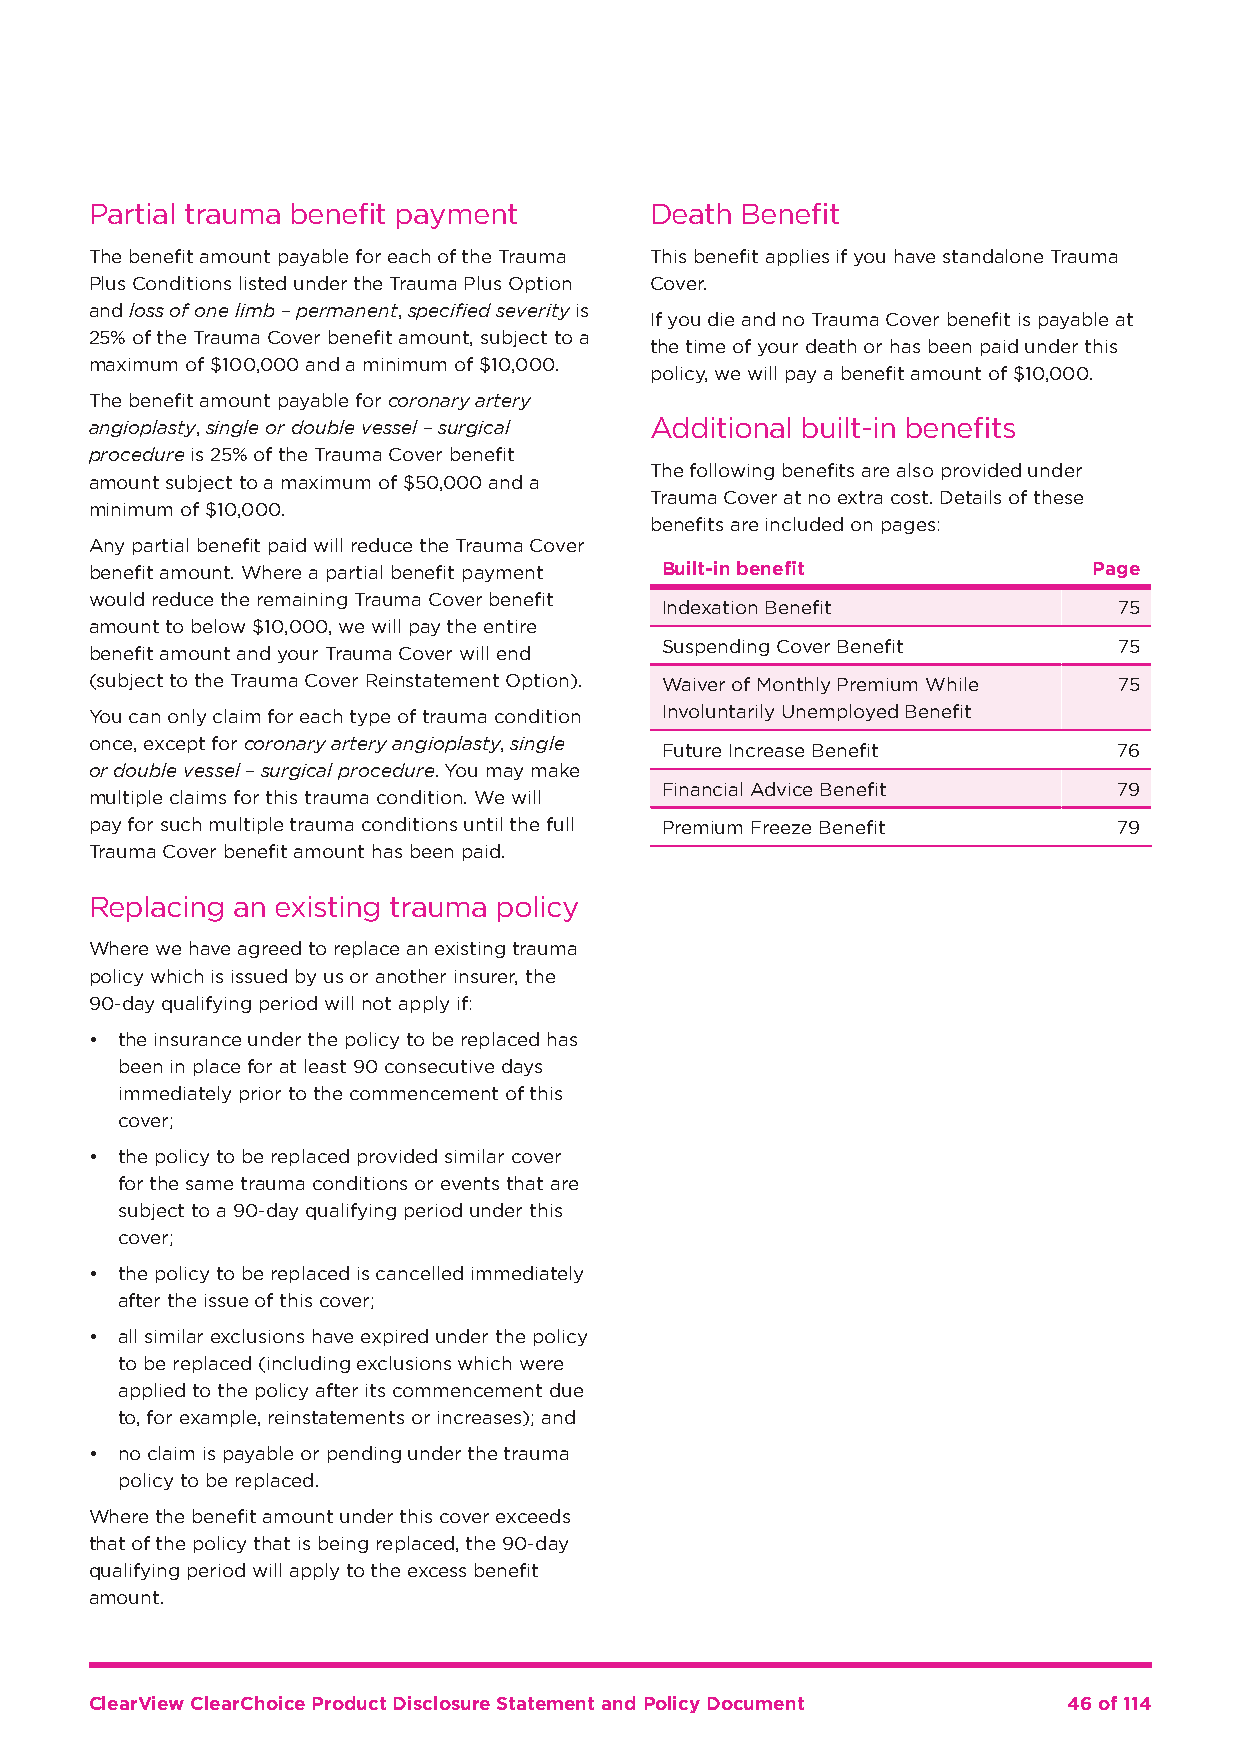
Partial trauma benefit payment       Death Benefit
 The benefit amount payable for each of the Trauma This benefit applies if you have standalone Trauma
 Plus Conditions listed under the Trauma Plus Option Cover.
 and loss of one limb – permanent, specified severity is
 If you die and no Trauma Cover benefit is payable at
 25% of the Trauma Cover benefit amount, subject to a
 the time of your death or has been paid under this
 maximum of $100,000 and a minimum of $10,000.
 policy, we will pay a benefit amount of $10,000.
 The benefit amount payable for coronary artery
 angioplasty, single or double vessel – surgical Additional built-in benefits
 procedure is 25% of the Trauma Cover benefit
 The following benefits are also provided under
 amount subject to a maximum of $50,000 and a
 Trauma Cover at no extra cost. Details of these
 minimum of $10,000.
 benefits are included on pages:
 Any partial benefit paid will reduce the Trauma Cover
 benefit amount. Where a partial benefit payment Built-in benefit  Page
 would reduce the remaining Trauma Cover benefit
 Indexation Benefit            75
 amount to below $10,000, we will pay the entire
 Suspending Cover Benefit      75
 benefit amount and your Trauma Cover will end
 (subject to the Trauma Cover Reinstatement Option). Waiver of Monthly Premium While 75
 You can only claim for each type of trauma condition Involuntarily Unemployed Benefit
 once, except for coronary artery angioplasty, single
 Future Increase Benefit       76
 or double vessel – surgical procedure. You may make
 Financial Advice Benefit      79
 multiple claims for this trauma condition. We will
 pay for such multiple trauma conditions until the full Premium Freeze Benefit 79
 Trauma Cover benefit amount has been paid.
 Replacing an existing trauma policy
 Where we have agreed to replace an existing trauma
 policy which is issued by us or another insurer, the
 90-day qualifying period will not apply if:
 • the insurance under the policy to be replaced has
 been in place for at least 90 consecutive days
 immediately prior to the commencement of this
 cover;
 • the policy to be replaced provided similar cover
 for the same trauma conditions or events that are
 subject to a 90-day qualifying period under this
 cover;
 • the policy to be replaced is cancelled immediately
 after the issue of this cover;
 • all similar exclusions have expired under the policy
 to be replaced (including exclusions which were
 applied to the policy after its commencement due
 to, for example, reinstatements or increases); and
 • no claim is payable or pending under the trauma
 policy to be replaced.
 Where the benefit amount under this cover exceeds
 that of the policy that is being replaced, the 90-day
 qualifying period will apply to the excess benefit
 amount.
 ClearView ClearChoice Product Disclosure Statement and Policy Document 46 of 114